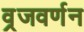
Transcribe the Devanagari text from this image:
व्रजवर्णन